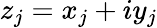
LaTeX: z_{j}=x_{j}+iy_{j}